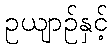
ဥယျာဉ်နှင့်